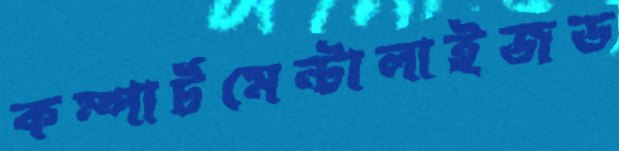
কম্পার্টমেন্টালাইজড